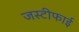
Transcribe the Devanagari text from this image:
जस्टीफाई